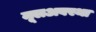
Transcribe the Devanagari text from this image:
मूलअवस्था